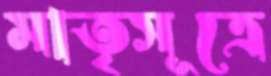
মাতৃসূত্রে